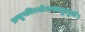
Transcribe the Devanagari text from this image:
क्रतुपतिरधीशस्तनुभृतां।